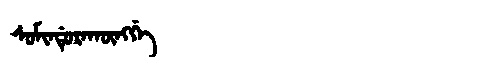
Manchu: ᠰᠣᠮᡳᠨᡩᡠᡵᠠᡴᡡᠩᡤᡝ
Romanization: SOMINDURAKŪNGGE